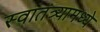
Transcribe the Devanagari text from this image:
स्वातंत्र्यामध्ये